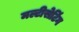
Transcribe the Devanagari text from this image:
मल्टीसेटिंग